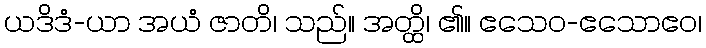
ယဒိဒံ-ယာ အယံ ဇာတိ၊ သည်။ အတ္ထိ၊ ၏။ ဧသေဝ-ဧသောဧဝ၊